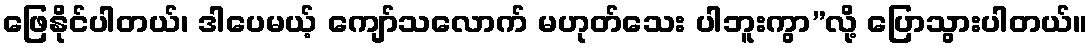
ဖြေနိုင်ပါတယ်၊ ဒါပေမယ့် ကျော်သလောက် မဟုတ်သေး ပါဘူးကွာ”လို့ ပြောသွားပါတယ်။